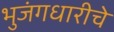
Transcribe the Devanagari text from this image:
भुजंगधारीचे